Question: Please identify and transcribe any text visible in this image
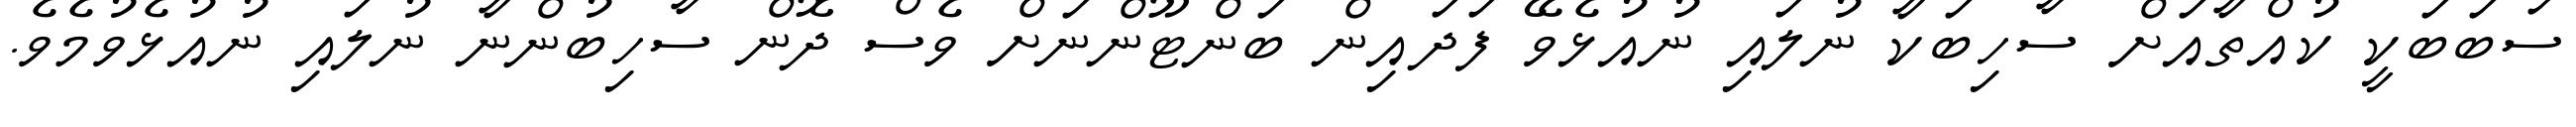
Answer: ސަބަބަކީ ކުއްތާއަށް ސާހިބަކާ ނުލައި ނުއުޅެވޭ ފަދައިން ބަންޓޫންނަށް ވެސް ދޮން ސާހިބުންނާ ނުލައި ނުއުޅެވުމެވެ.